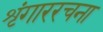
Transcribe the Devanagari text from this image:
शृंगाररचना